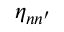
\eta _ { n n ^ { \prime } }